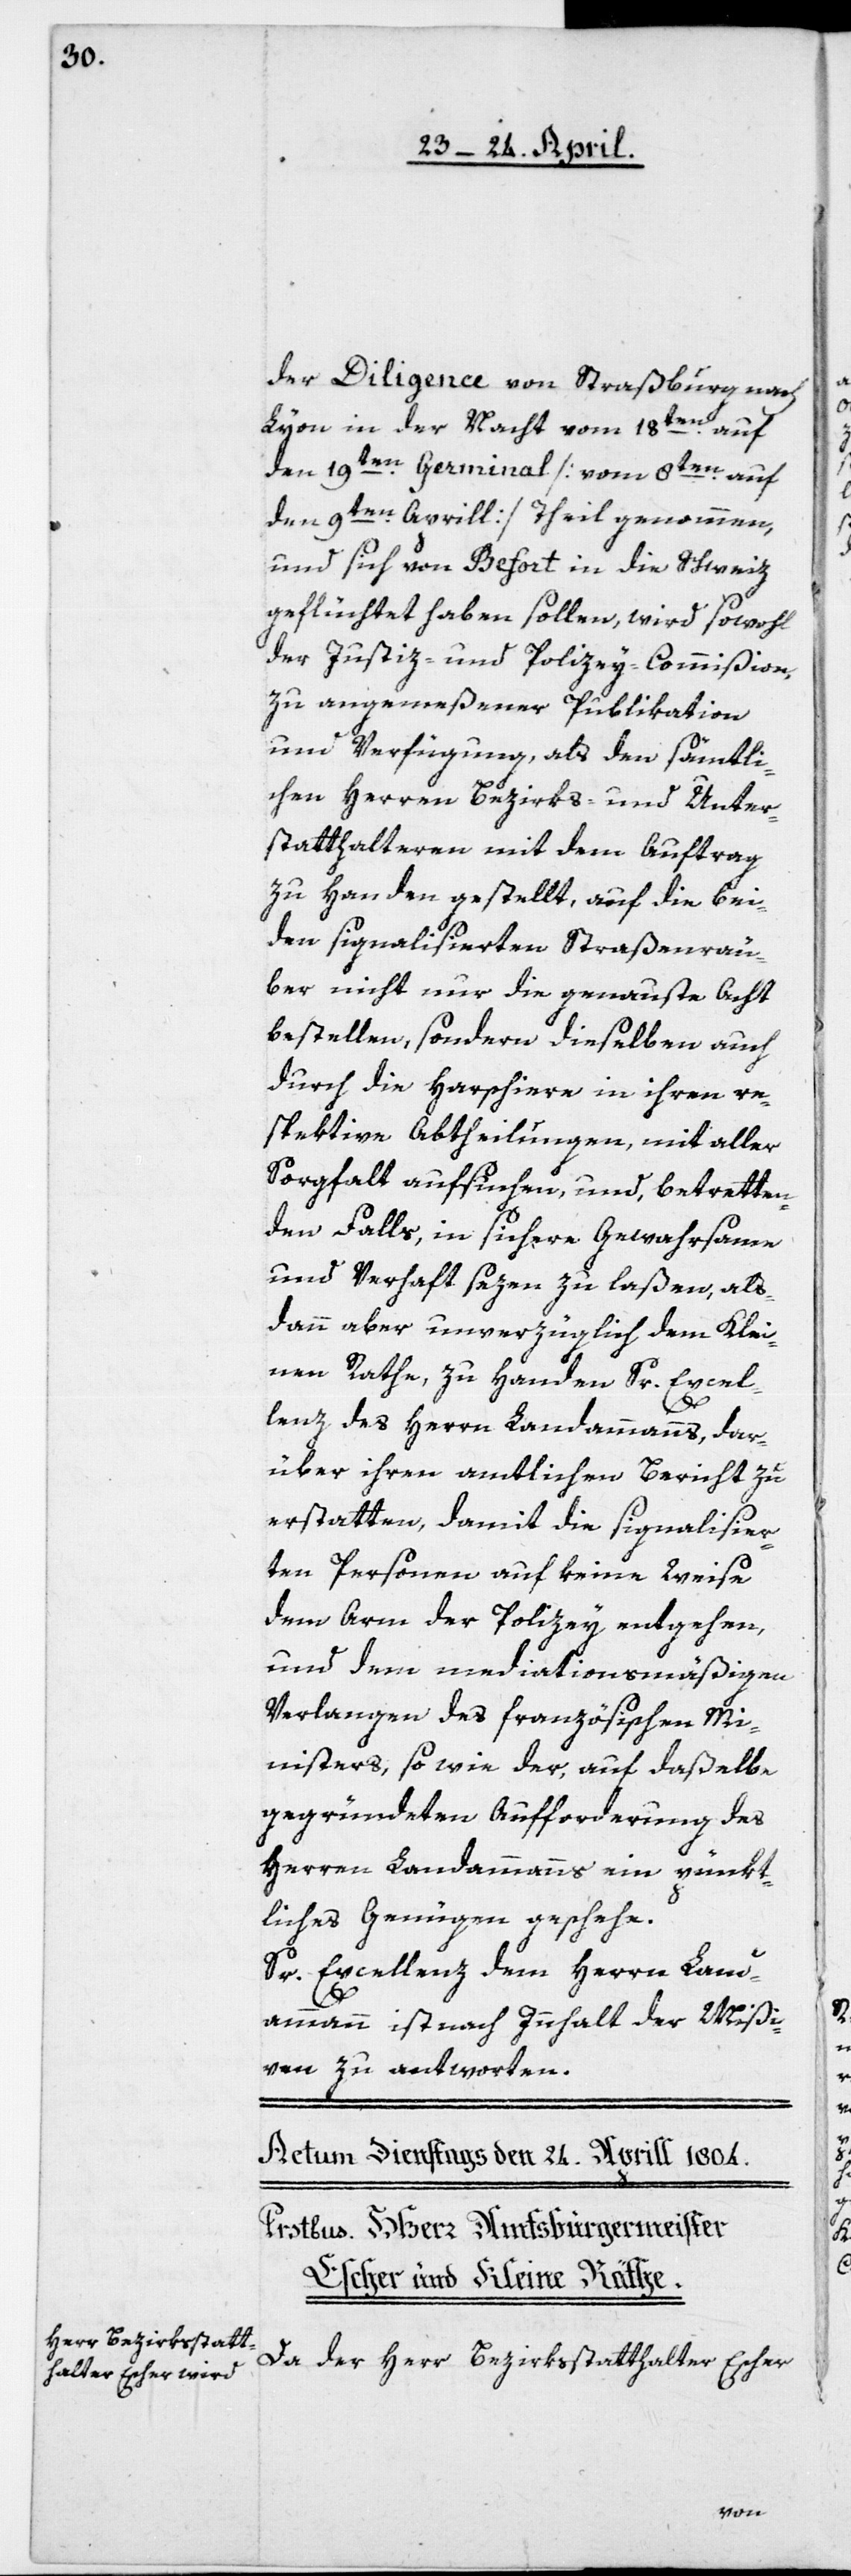
der Diligence von Straßburg nach
Lyon in der Nacht vom 18ten auf
den 19ten Germinal [vom 8ten auf
den 9ten Aprill] Theil genommen,
und sich von Befort in die Schweiz
geflüchtet haben sollen, wird sowohl
der Justiz- und Polizey-Commißion
zu angemeßener Publikation
und Verfügung, als den sämtli¬
chen Herren Bezirks- und Unter¬
statthalteren mit dem Auftrag
zu Handen gestellt, auf die bei¬
den signalisierten Straßenräu¬
ber nicht nur die genaueste Acht
bestellen, sondern dieselben auch
durch die Harschiere in ihren re¬
spektive Abtheilungen, mit aller
Sorgfalt aufsuchen, und, betretten¬
den Falls, in sichere Gewahrsame
und Verhaft sezen zu laßen, als
dann aber unverzüglich dem klei¬
nen Rathe, zu Handen Sr. Excel¬
lenz des Herrn Landammanns, dar¬
über ihren amtlichen Bericht zu
erstatten, damit die signalisier¬
ten Personen auf keine Weise
dem Arm der Polizey entgehen,
und dem mediationsmäßigen
Verlangen des französischen Mi¬
nisters, sowie der, auf daßelbe
gegründeten Aufforderung des
Herrn Landammanns ein pünkt¬
liches Genügen geschehe.
Sr. Excellenz dem Herrn Land¬
ammann ist nach Innhalt der Mißi¬
ven zu antworten.
Da der Herr Bezirkßtatthalter Escher